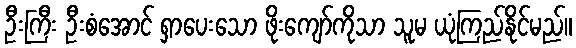
ဦးကြီး ဦးစံအောင် ရှာပေးသော ဖိုးကျော်ကိုသာ သူမ ယုံကြည်နိုင်မည်။